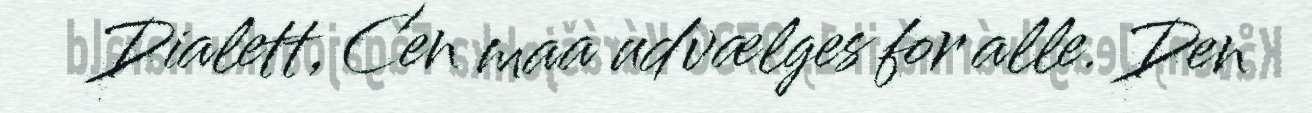
Dialett, Cen maa udvælges for alle. Den